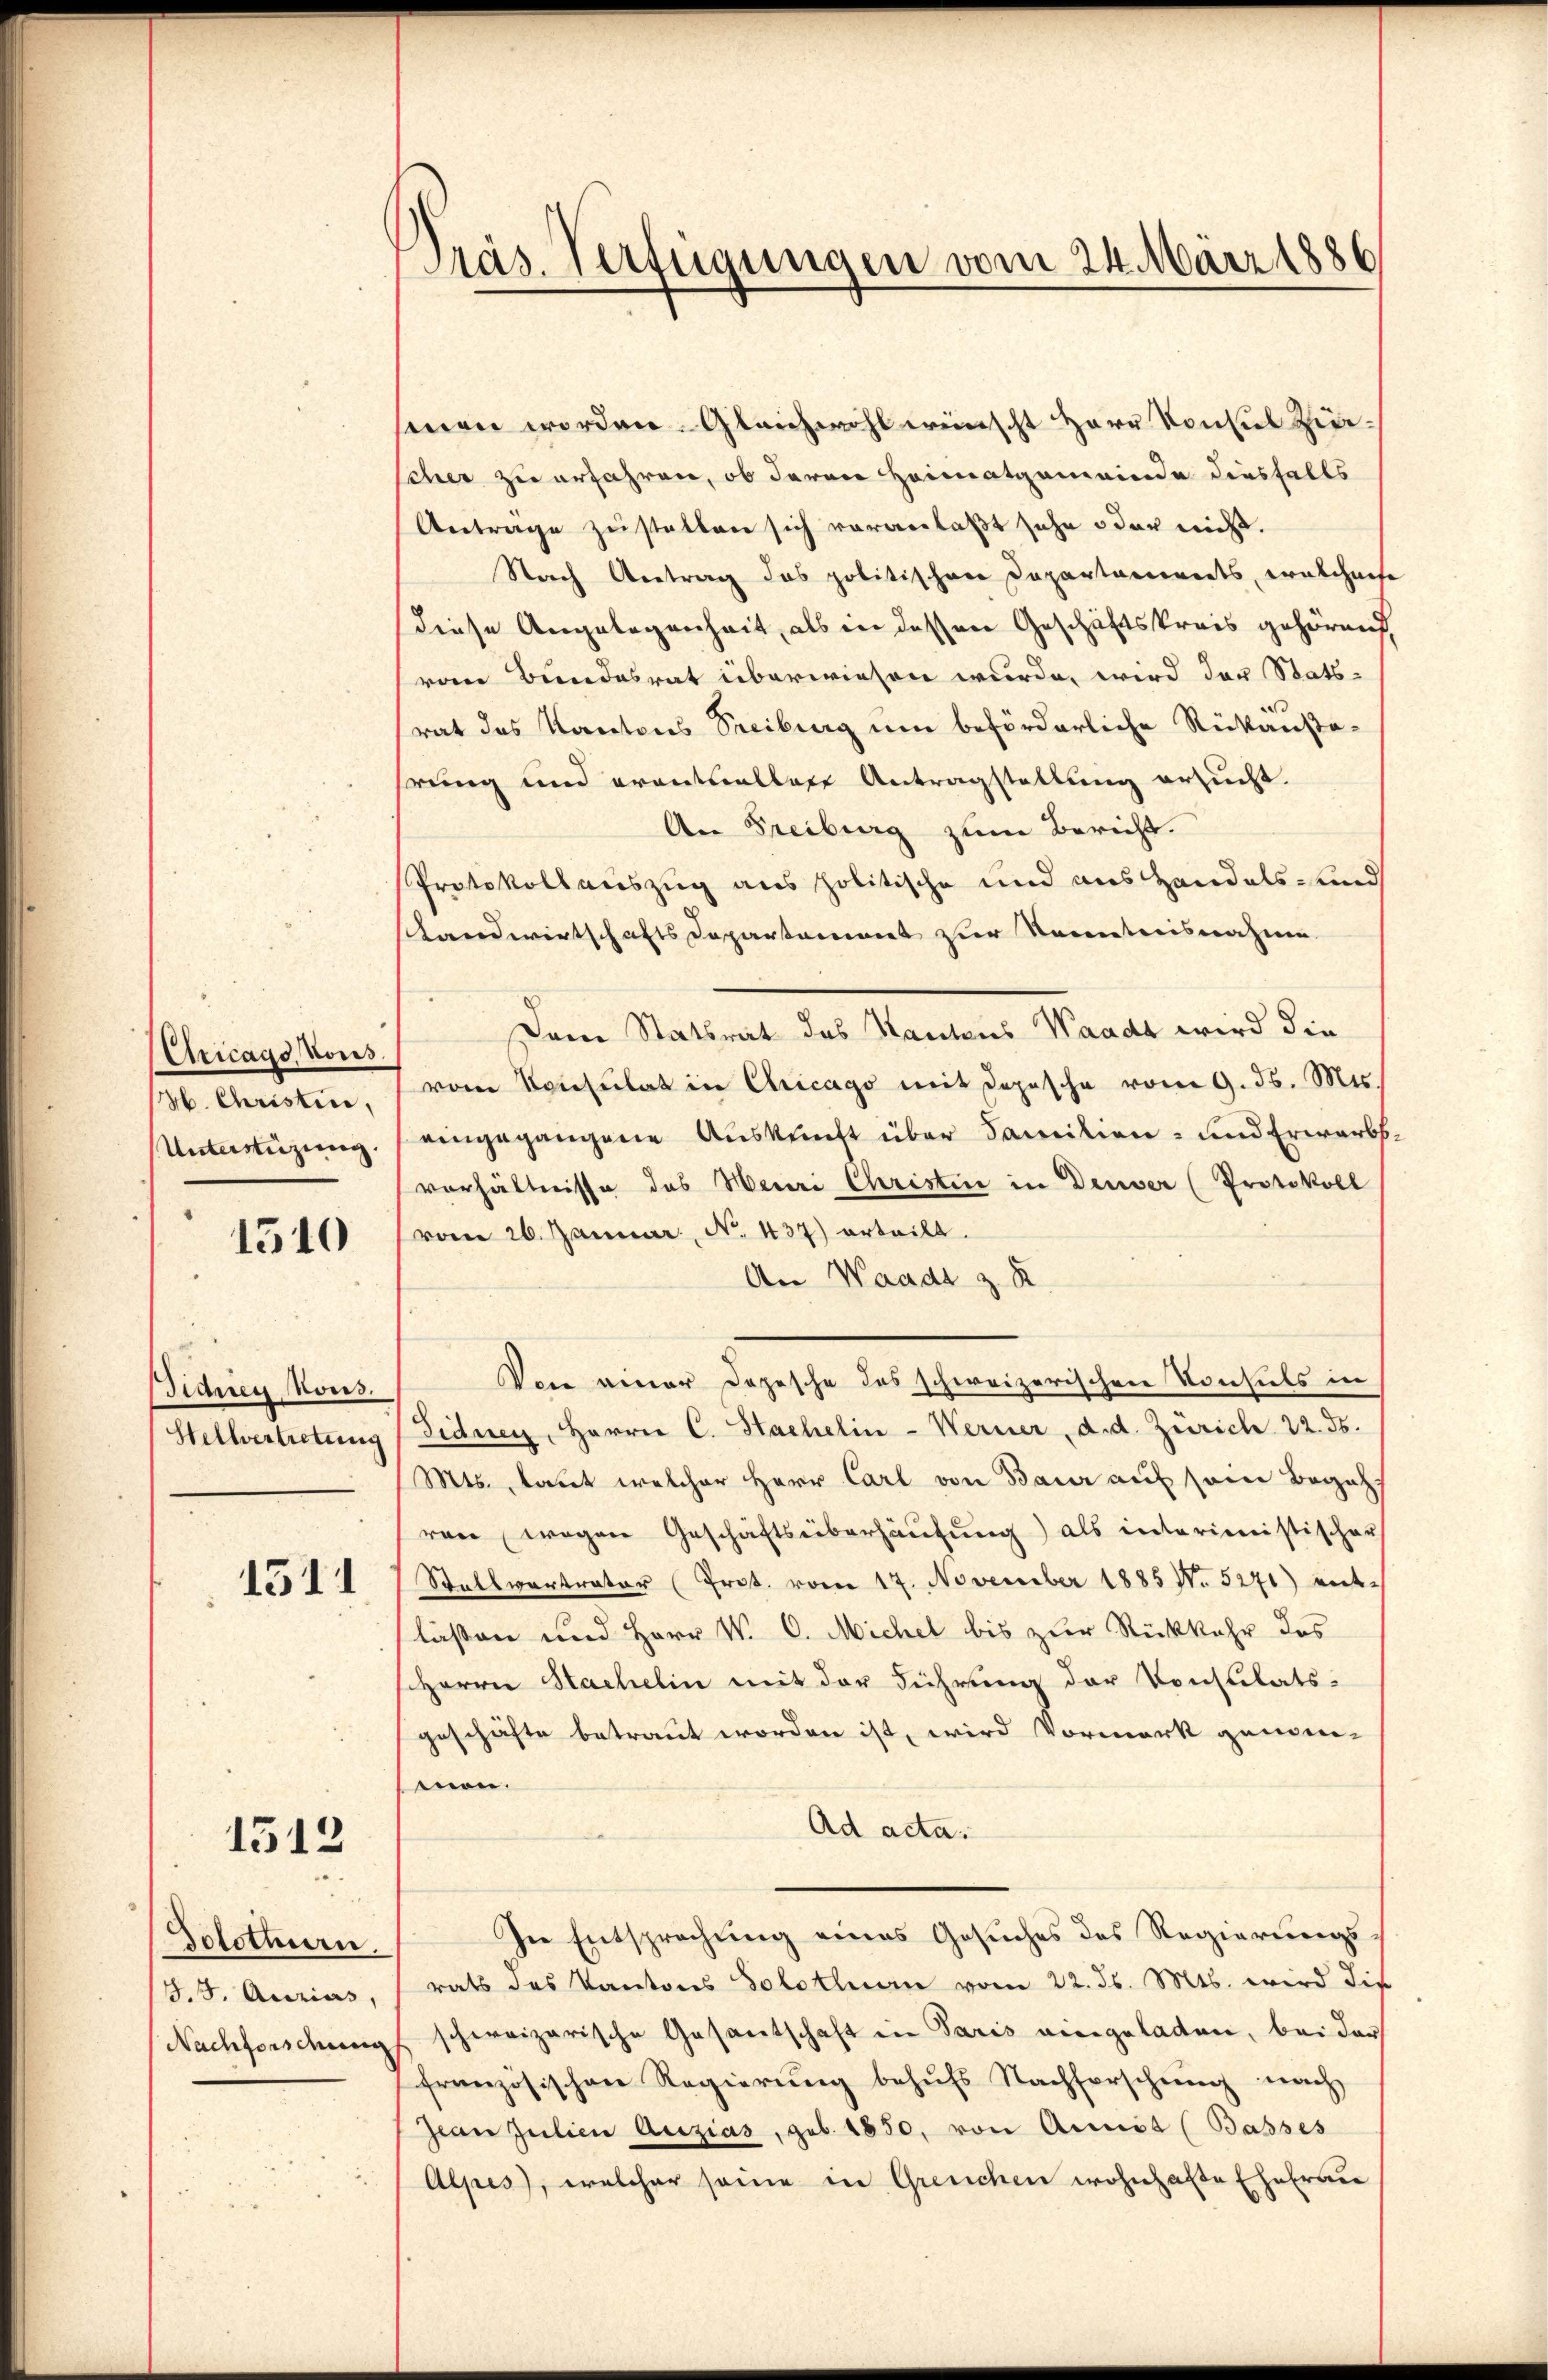
Eiricago Vous.
b. Christin,
Unterstüzung.

1510

Biduen Kons.
Stellvertretung

1511

1512

Solothurn,
S.5. Aurias,
Nachforschung

Präs. Verfügungen vom 24. März 1886

men worden. Gleichwohl wünscht Herr Konsul Zürscher zu erfahren, ob deren Heimatgemeinde diesfalls
Antrage zustalten sich veranlaßt sehe oder nicht.
Nach Antrag das politischen Departaments, welcherte
diese Angelegenheit, als in dessen Geschäftskreis gehöret,
vom Bundesrat überwiesen wurde, wird der Stats-
rat das Kantons Treiburg um beförderliche Rükanstahrung und erantwalles Antragstellung ersucht.
An Freiburg zum Bericht.
Protokollauszug aus politische und aus Handels- und
Landwirtschafts Departement zur Kenntnisnahme
Dem Statsrat des Kantons Waadt wird die
vom Konsulat in Chicago mit Depesche vom 9. d. Mts.
eingegangene Auskunft über Familien- und Erwarb
verhältnisse das Meuri Christin in Deuser (Protokoll
vom 26. Januar, No. 437) erteilt.
An Waadt z. R.
Von einer Dozische des schweizerischen Vonsuls in
Fiduen, Harrer C. Hachelin-Werner, d. d. Zürich 22. ds.
Mts., laut welcher Herr Carl von Baur auf sein Begehren wegen Geschäftsüberhausung) als interimistischer
Stallvertrater (Prot. vom 17. November 1885 No 5271) entlaßen und Herr W. C. Michel bis zur Rückkehr des
Herrn Sachelin mit der Führung der Konsulats-
geschäfte betraut worden ist, wird Vormerk genom-
mon.
Ad acta
In Entsprechung eines Gesuches des Regierungsrats des Kantons Solothurn vom 22. ds. Mts. wird die
schweizerische Gesantschaft in Paris eingeladen, bei der
französischen Regierung behufs Nachforschung nach
Jean zulien Auzias, geb. 1850, von Annit (Basses
Alpes), welcher seine in Greuchen wohnhafte Ehefrau